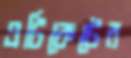
এটিকেটের